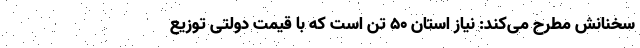
سخنانش مطرح می‌کند: نیاز استان ۵۰ تُن است که با قیمت دولتی توزیع